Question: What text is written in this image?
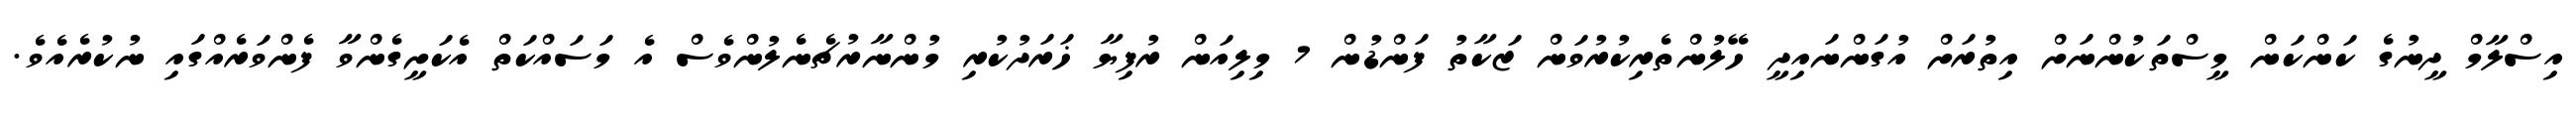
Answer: އިސްލާމް ދީނުގެ ކަންކަން މީސްތަކުންނަށް އިތުރަށް އުގަންނައިދީ ހޭލުންތެރިކުރުވަން ޒަކާތު ފަންޑުން 7 މިލިއަން ރުފިޔާ ޚަރަދުކުރި މުންނާރުޗެނެލުންވެސް އެ މަސައްކަތް އެކަށީގެންވާ ފެންވަރެއްގައި ނުކުރެއެވެ.